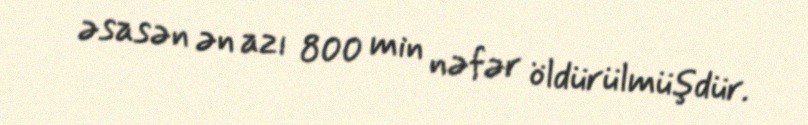
əsasən ən azı 800 min nəfər öldürülmüşdür.